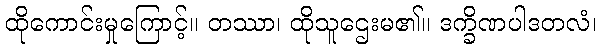
ထိုကောင်းမှုကြောင့်။ တဿာ၊ ထိုသူဌေးမ၏။ ဒက္ခိဏပါဒတလံ၊